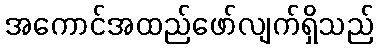
အကောင်အထည်ဖော်လျက်ရှိသည်